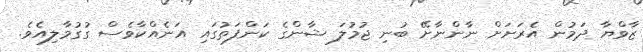
ޒާވްޔާ ދަމުން އެރަށަށް ނާންނާށޭ ބުނި ޖުމުލަ ޝާންގެ ކަންފަތުގައި އަނެއްކާވެސް ގުގުމާލިއެވެ.